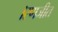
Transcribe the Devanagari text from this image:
।रणजीत